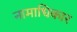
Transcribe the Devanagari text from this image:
नामाधिकार